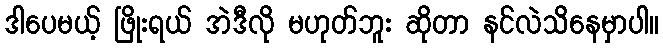
ဒါပေမယ့် ဖြိုးရယ် အဲဒီလို မဟုတ်ဘူး ဆိုတာ နင်လဲသိနေမှာပါ။